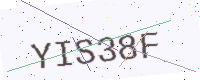
Text: YIS38F